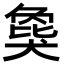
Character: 𬌾